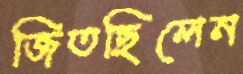
জিতছিলেন